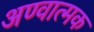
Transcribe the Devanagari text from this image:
अण्वात्मक